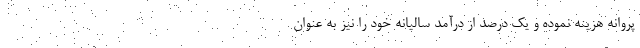
پروانه هزینه نموده و یک درصد از درآمد سالیانه خود را نیز به عنوان